Annual report on the working of the lock hospitals in the North-Western Provinces and Oudh
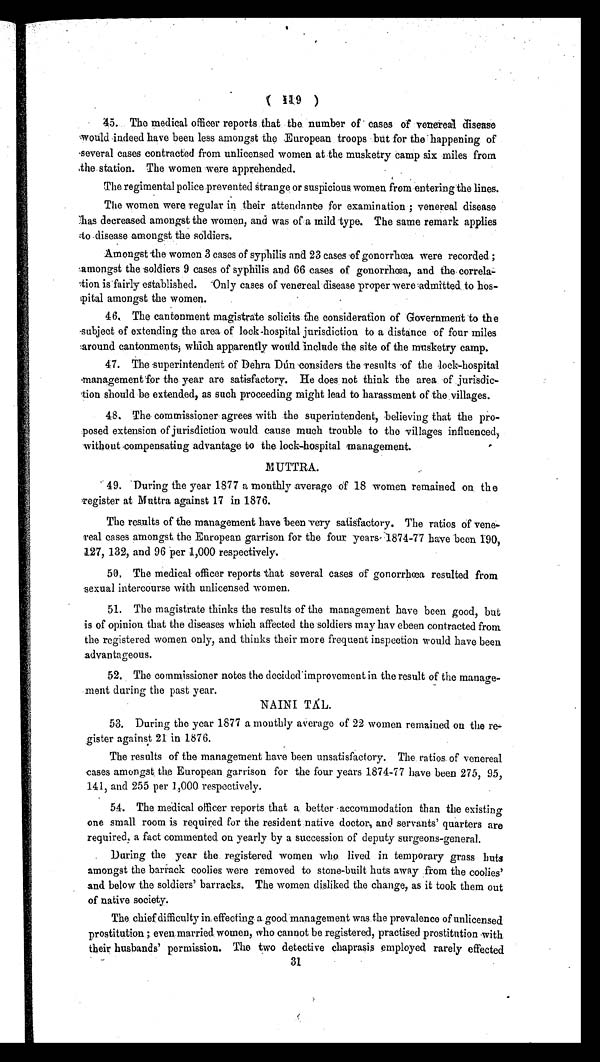
( 119 )
45. The medical officer reports that the number of cases of venereal disease
would indeed have been less amongst the European troops but for the happening of
several cases contracted from unlicensed women at the musketry camp six miles from
the station. The women were apprehended.
The regimental police prevented śtrange or suspicious women from entering the lines.
The women were regular in their attendance for examination; venereal disease
has decreased amongst the women, and was of a mild type. The same remark applies
to disease amongst the soldiers.
Amongst the women 3 cases of syphilis and 23 cases of gonorrhœa were recorded;
amongst the soldiers 9 cases of syphilis and 66 cases of gonorrhœa, and the correla
-tion is fairly established. Only cases of venereal disease proper were admitted to hos-
pital amongst the women.
46. The cantonment magistrate solicits the consideration of Government to the
subject of extending the area of lock-hospital jurisdiction to a distance of four miles
around cantonments; which apparently would include the site of the musketry camp.
47. The superintendent of Dehra Dún considers the results of the lock-hospital
management for the year are satisfactory. He does not think the area of jurisdic-
tion should be extended, as such proceeding might lead to harassment of the villages.
48. The commissioner agrees with the superintendent, believing that the pro-
posed extension of jurisdiction would cause much trouble to the villages influenced,
without compensating advantage to the lock-hospital management.
MUTTRA.
49. During the year 1877 a monthly average of 18 women remained on the
register at Muttra against 17 in 1876.
The results of the management have been very satisfactory. The ratios of vene-
real cases amongst the European garrison for the four years 1874-77 have been 190,
127, 132, and 96 Per 1,000 respectively.
50. The medical officer reports that several cases of gonorrhœa resulted from
sexual intercourse with unlicensed women.
51. The magistrate thinks the results of the management have been good, but
is of opinion that the diseases which affected the soldiers may have been contracted from
the registered women only, and thinks their more frequent inspection would have been
advantageous.
52. The commissioner notes the decided improvement in the result of the manage-
ment during the past year.
NAINI TÁL.
53. During the year 1877 a monthly average of 22 women remained on the re
-gister against 21 in 1876.
The results of the management have been unsatisfactory. The ratios of venereal
cases amongst the European garrison for the four years 1874-77 have been 275, 95,
141, and 255 per 1,000 respectively.
54. The medical officer reports that a better accommodation than the existing
one small room is required for the resident native doctor, and servants' quarters are
required, a fact commented on yearly by a succession of deputy surgeons-general.
During the year the registered women who lived in temporary grass huts
amongst the barrack coolies were removed to stone-built huts away from the coolies'
and below the soldiers' barracks. The women disliked the change, as it took them out
of native society.
The chief difficulty in effecting a good management was the prevalence of unlicensed
prostitution; even married women, who cannot be registered, practised prostitution with
their husbands' permission. The two detective chaprasis employed rarely effected
3 1